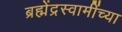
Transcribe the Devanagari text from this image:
ब्रह्मेंद्रस्वामींच्या